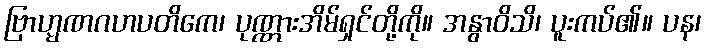
ဗြာဟ္မဏဂဟပတိကေ၊ ပုဏ္ဏားအိမ်ရှင်တို့ကို။ အနွာဝိသိ၊ ပူးကပ်၏။ ပန၊